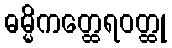
ဓမ္မိကတ္ထေရဝတ္ထု